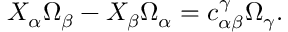
X _ { \alpha } \Omega _ { \beta } - X _ { \beta } \Omega _ { \alpha } = c _ { \alpha \beta } ^ { \gamma } \Omega _ { \gamma } .